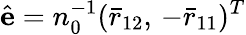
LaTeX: \hat{\mathbf{e}}=n_{0}^{-1}(\bar{r}_{12},\, -\bar{r}_{11})^{T}